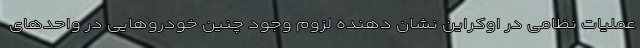
عملیات نظامی در اوکراین نشان دهنده لزوم وجود چنین خودروهایی در واحدهای